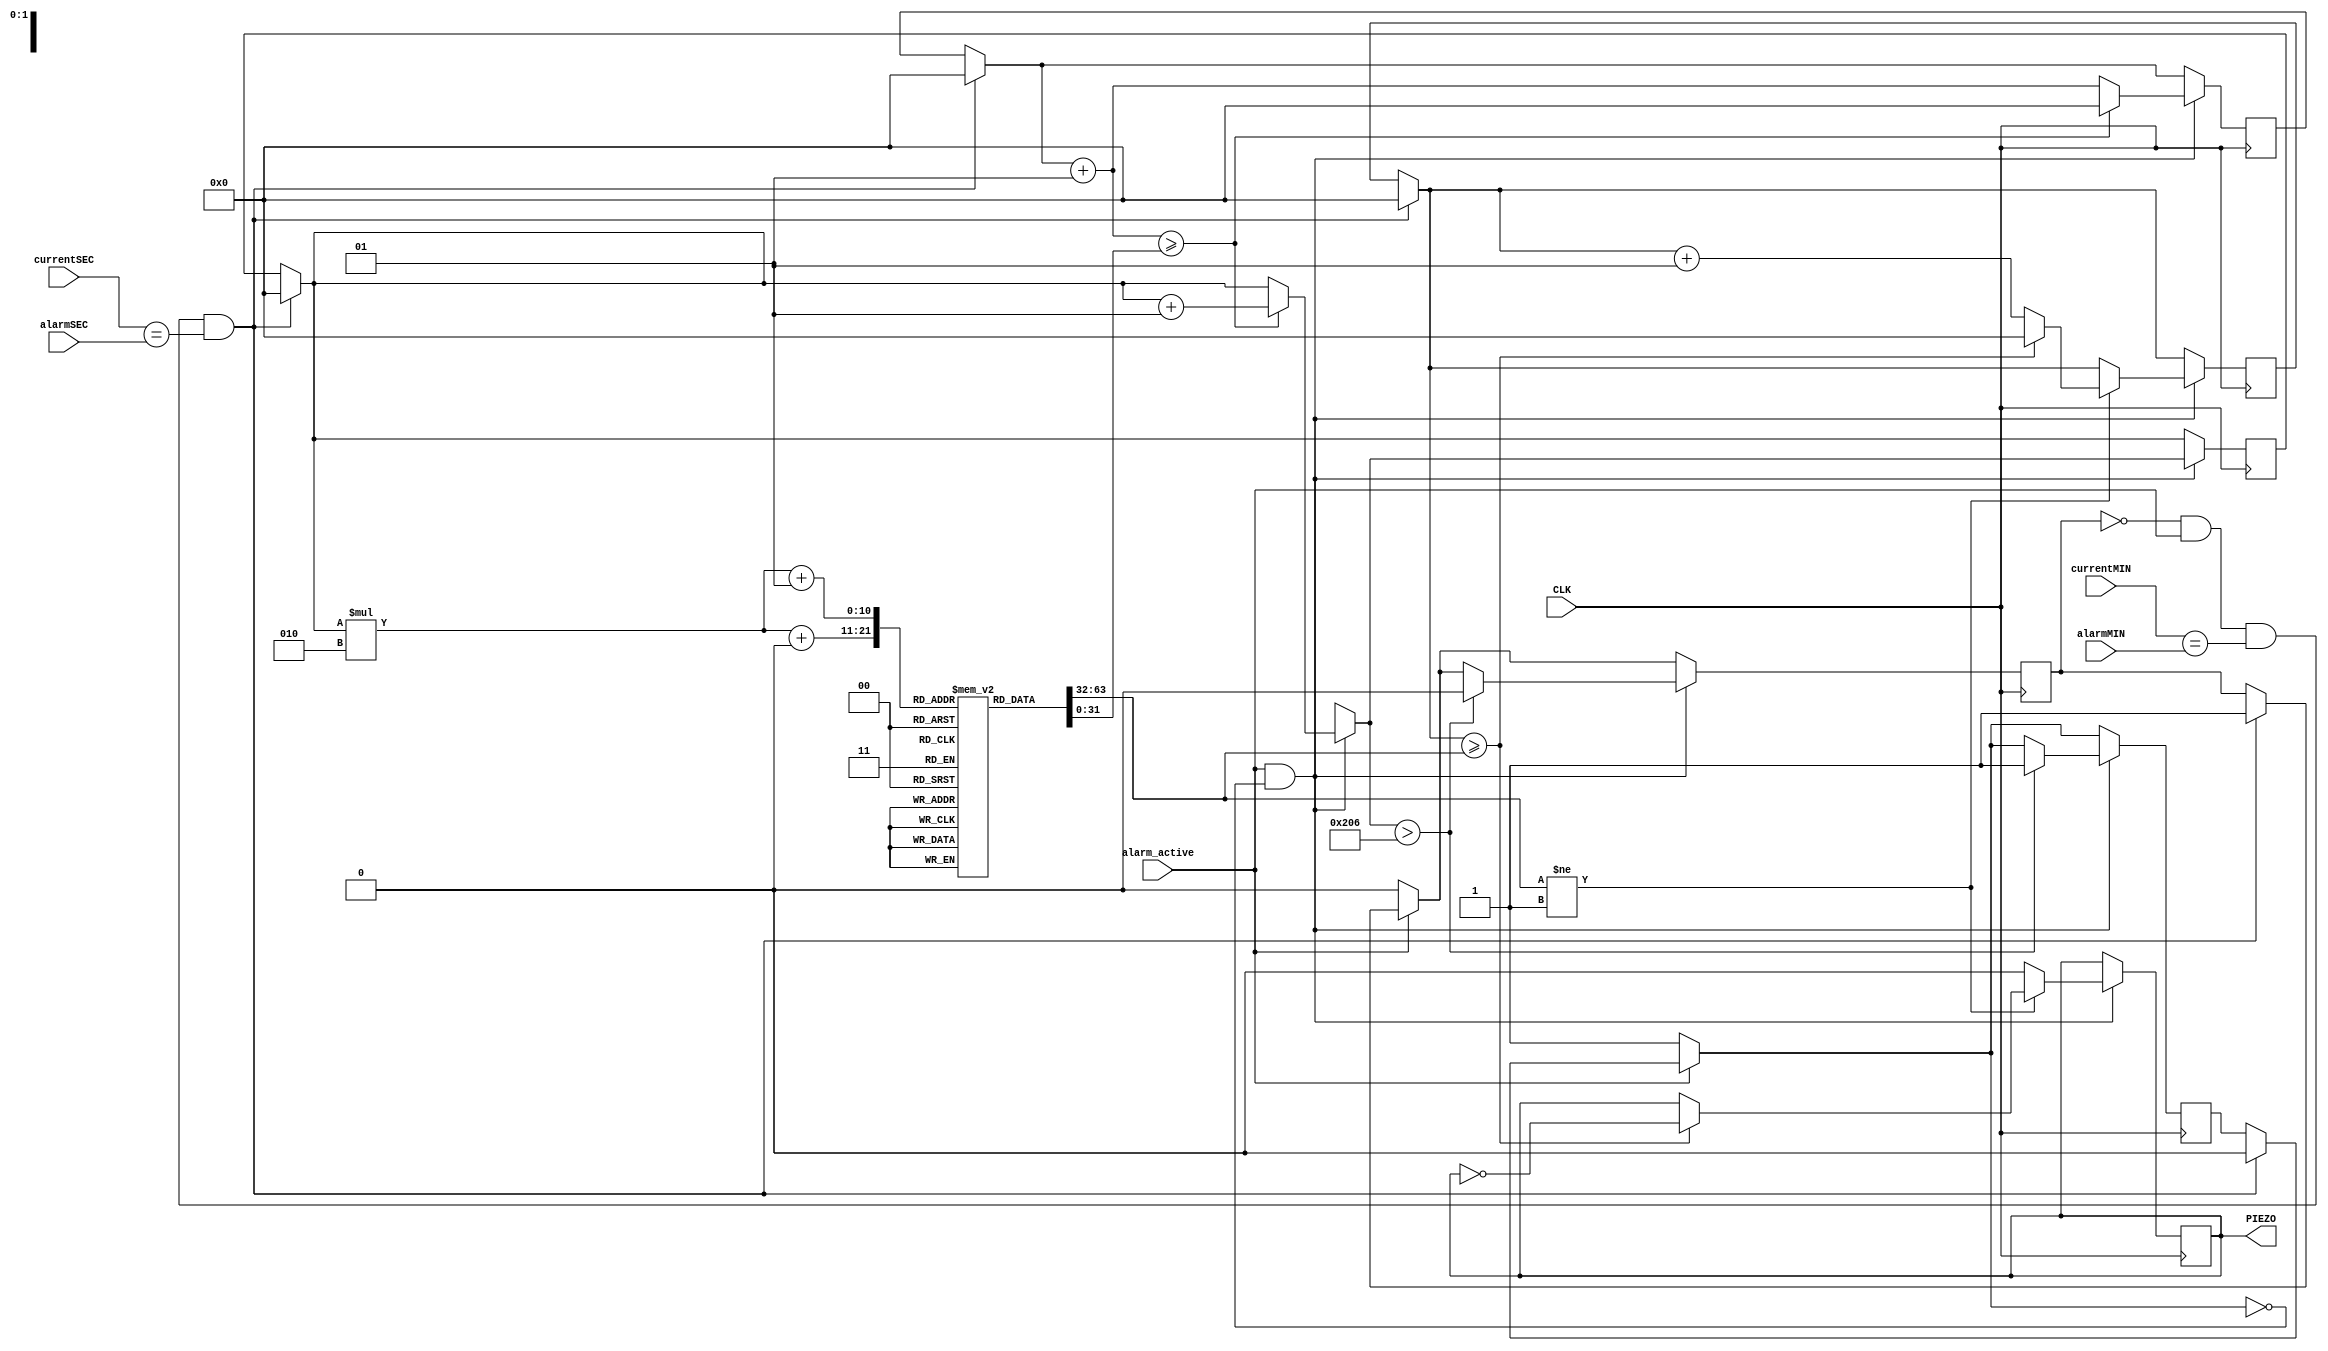
// AL_PIEZO.v

module AL_PIEZO(
	CLK, alarm_active,
	currentMIN, currentSEC, alarmMIN, alarmSEC,
	PIEZO
);

input CLK;

// If the alarm action is enabled, output the PIEZO sound
// Even if it's turned off, the score will continue
input alarm_active; 

// Use to check if the alarm times match
input [6:0] currentMIN, currentSEC;
input [6:0] alarmMIN, alarmSEC;

output wire PIEZO;


reg SCORE_END = 0; // When the score ends or stops, it's a flag that indicates that the performance is over

reg BUFF;
reg check; // Flag to check for an alarm when a match is checked
integer CLK_CNT;
integer CNT_SOUND;

integer IDX;

// scale
parameter D1 = 6810;
parameter EP1 = 6428;
parameter E1 = 6067;
parameter F1 = 5726;
parameter FS1 = 5405;
parameter G1 = 5102;
parameter GS1 = 4815;
parameter A1 = 4545;
parameter BP1 = 4290;
parameter B1 = 4049;

parameter C2 = 3822;
parameter CS2 = 3607;
parameter D2 = 3405;
parameter EP2 = 3214;
parameter E2 = 3033;
parameter F2 = 2863; 
parameter FS2 = 2702;
parameter G2 = 2551;
parameter GS2 = 2407;
parameter A2 = 2272;
parameter BP2 = 2145;
parameter B2 = 2024;

parameter C3 = 1911;
parameter CS3 = 1803;
parameter D3 = 1702;
parameter EP3 = 1607;
parameter E3 = 1516;
parameter F3 = 1431;
parameter FS3 = 1351;
parameter G3 = 1275;
parameter GS3 = 1203;
parameter A3 = 1136;
parameter BP3 = 1072;
parameter B3 = 1012;

parameter C4 = 955;
parameter CS4 = 901;
parameter D4 = 851;
parameter EP4 = 803;
parameter E4 = 758;
parameter F4 = 715;
parameter FS4 = 675;
parameter G4 = 637;
parameter GS4 = 601;
parameter A4 = 568;
parameter BP4 = 536;
parameter B4 = 506;

parameter C5 = 477;
parameter CS5 = 450;
parameter D5 = 425;
parameter EP5 = 401;
parameter E5 = 379;
parameter F5 = 357;
parameter FS5 = 337;
parameter G5 = 318;

// break
parameter N = -1;

// duration 
parameter W = 2_000_000; // whole
parameter H = 1_000_000; // half
parameter Q = 500_000; // quarter
parameter E = 250_000; // eighth
parameter S = 125_000; // sixteenth
parameter T = 62_500; // thirty-second


// a score to be played
parameter SIZE = 518;
integer score [0:SIZE][0:1];

// Initialize the array

initial begin
	score[0][0] = D2;   score[0][1] = T;
	score[1][0] = N;    score[1][1] = T;
	score[2][0] = D2;   score[2][1] = T;
	score[3][0] = N;    score[3][1] = T;
	score[4][0] = D3;   score[4][1] = S;
	score[5][0] = N;    score[5][1] = S;
	score[6][0] = A2;   score[6][1] = S;
	score[7][0] = N;    score[7][1] = S;
	score[8][0] = N;    score[8][1] = S;
	score[9][0] = GS2;  score[9][1] = T;
	score[10][0] = N;   score[10][1] = T;
	score[11][0] = N;   score[11][1] = S;
	score[12][0] = G2;  score[12][1] = S;
	score[13][0] = N;   score[13][1] = S;
	score[14][0] = F2;  score[14][1] = S + S;
	score[15][0] = D2;  score[15][1] = T;
	score[16][0] = N;   score[16][1] = T;
	score[17][0] = F2;  score[17][1] = T;
	score[18][0] = N;   score[18][1] = T;
	score[19][0] = G2;  score[19][1] = T;
	score[20][0] = N;   score[20][1] = T; // 1
	
	score[21][0] = C2;   score[21][1] = T;
	score[22][0] = N;    score[22][1] = T;
	score[23][0] = C2;   score[23][1] = T;
	score[24][0] = N;    score[24][1] = T;
	score[25][0] = D3;   score[25][1] = S;
	score[26][0] = N;    score[26][1] = S;
	score[27][0] = A2;   score[27][1] = S;
	score[28][0] = N;    score[28][1] = S;
	score[29][0] = N;    score[29][1] = S;
	score[30][0] = GS2;  score[30][1] = T;
	score[31][0] = N;   score[31][1] = T;
	score[32][0] = N;   score[32][1] = S;
	score[33][0] = G2;  score[33][1] = S;
	score[34][0] = N;   score[34][1] = S;
	score[35][0] = F2;  score[35][1] = S + S;
	score[36][0] = D2;  score[36][1] = T;
	score[37][0] = N;   score[37][1] = T;
	score[38][0] = F2;  score[38][1] = T;
	score[39][0] = N;   score[39][1] = T;
	score[40][0] = G2;  score[40][1] = T;
	score[41][0] = N;   score[41][1] = T; // 2
	
	score[42][0] = B1;   score[42][1] = T;
	score[43][0] = N;    score[43][1] = T;
	score[44][0] = B1;   score[44][1] = T;
	score[45][0] = N;    score[45][1] = T;
	score[46][0] = D3;   score[46][1] = S;
	score[47][0] = N;    score[47][1] = S;
	score[48][0] = A2;   score[48][1] = S;
	score[49][0] = N;    score[49][1] = S;
	score[50][0] = N;    score[50][1] = S;
	score[51][0] = GS2;  score[51][1] = T;
	score[52][0] = N;   score[52][1] = T;
	score[53][0] = N;   score[53][1] = S;
	score[54][0] = G2;  score[54][1] = S;
	score[55][0] = N;   score[55][1] = S;
	score[56][0] = F2;  score[56][1] = S + S;
	score[57][0] = D2;  score[57][1] = T;
	score[58][0] = N;   score[58][1] = T;
	score[59][0] = F2;  score[59][1] = T;
	score[60][0] = N;   score[60][1] = T;
	score[61][0] = G2;  score[61][1] = T;
	score[62][0] = N;   score[62][1] = T; // 3
	
	score[63][0] = BP1;   score[63][1] = T;
	score[64][0] = N;    score[64][1] = T;
	score[65][0] = BP1;   score[65][1] = T;
	score[66][0] = N;    score[66][1] = T;
	score[67][0] = D3;   score[67][1] = S;
	score[68][0] = N;    score[68][1] = S;
	score[69][0] = A2;   score[69][1] = S;
	score[70][0] = N;    score[70][1] = S;
	score[71][0] = N;    score[71][1] = S;
	score[72][0] = GS2;  score[72][1] = T;
	score[73][0] = N;   score[73][1] = T;
	score[74][0] = N;   score[74][1] = S;
	score[75][0] = G2;  score[75][1] = S;
	score[76][0] = N;   score[76][1] = S;
	score[77][0] = F2;  score[77][1] = S + S;
	score[78][0] = D2;  score[78][1] = T;
	score[79][0] = N;   score[79][1] = T;
	score[80][0] = F2;  score[80][1] = T;
	score[81][0] = N;   score[81][1] = T;
	score[82][0] = G2;  score[82][1] = T;
	score[83][0] = N;   score[83][1] = T; // 4
	
	score[84][0] = D3;   score[84][1] = T;
	score[85][0] = N;    score[85][1] = T;
	score[86][0] = D3;   score[86][1] = T;
	score[87][0] = N;    score[87][1] = T;
	score[88][0] = D4;   score[88][1] = S;
	score[89][0] = N;    score[89][1] = S;
	score[90][0] = A3;   score[90][1] = S;
	score[91][0] = N;    score[91][1] = S;
	score[92][0] = N;    score[92][1] = S;
	score[93][0] = GS3;  score[93][1] = T;
	score[94][0] = N;   score[94][1] = T;
	score[95][0] = N;   score[95][1] = S;
	score[96][0] = G3;  score[96][1] = S;
	score[97][0] = N;   score[97][1] = S;
	score[98][0] = F3;  score[98][1] = S + S;
	score[99][0] = D3;  score[99][1] = T;
	score[100][0] = N;   score[100][1] = T;
	score[101][0] = F3;  score[101][1] = T;
	score[102][0] = N;   score[102][1] = T;
	score[103][0] = G3;  score[103][1] = T;
	score[104][0] = N;   score[104][1] = T; // 5
	
	score[105][0] = C3;   score[105][1] = T;
	score[106][0] = N;    score[106][1] = T;
	score[107][0] = C3;   score[107][1] = T;
	score[108][0] = N;    score[108][1] = T;
	score[109][0] = D4;   score[109][1] = S;
	score[110][0] = N;    score[110][1] = S;
	score[111][0] = A3;   score[111][1] = S;
	score[112][0] = N;    score[112][1] = S;
	score[113][0] = N;    score[113][1] = S;
	score[114][0] = GS3;  score[114][1] = T;
	score[115][0] = N;   score[115][1] = T;
	score[116][0] = N;   score[116][1] = S;
	score[117][0] = G3;  score[117][1] = S;
	score[118][0] = N;   score[118][1] = S;
	score[119][0] = F3;  score[119][1] = S + S;
	score[120][0] = D3;  score[120][1] = T;
	score[121][0] = N;   score[121][1] = T;
	score[122][0] = F3;  score[122][1] = T;
	score[123][0] = N;   score[123][1] = T;
	score[124][0] = G3;  score[124][1] = T;
	score[125][0] = N;   score[125][1] = T; // 6
	
	score[126][0] = B2;   score[126][1] = T;
	score[127][0] = N;    score[127][1] = T;
	score[128][0] = B2;   score[128][1] = T;
	score[129][0] = N;    score[129][1] = T;
	score[130][0] = D4;   score[130][1] = S;
	score[131][0] = N;    score[131][1] = S;
	score[132][0] = A3;   score[132][1] = S;
	score[133][0] = N;    score[133][1] = S;
	score[134][0] = N;    score[134][1] = S;
	score[135][0] = GS3;  score[135][1] = T;
	score[136][0] = N;   score[136][1] = T;
	score[137][0] = N;   score[137][1] = S;
	score[138][0] = G3;  score[138][1] = S;
	score[139][0] = N;   score[139][1] = S;
	score[140][0] = F3;  score[140][1] = S + S;
	score[141][0] = D3;  score[141][1] = T;
	score[142][0] = N;   score[142][1] = T;
	score[143][0] = F3;  score[143][1] = T;
	score[144][0] = N;   score[144][1] = T;
	score[145][0] = G3;  score[145][1] = T;
	score[146][0] = N;   score[146][1] = T; // 7
	
	score[147][0] = BP2;   score[147][1] = T;
	score[148][0] = N;    score[148][1] = T;
	score[149][0] = BP2;   score[149][1] = T;
	score[150][0] = N;    score[150][1] = T;
	score[151][0] = D4;   score[151][1] = S;
	score[152][0] = N;    score[152][1] = S;
	score[153][0] = A3;   score[153][1] = S;
	score[154][0] = N;    score[154][1] = S;
	score[155][0] = N;    score[155][1] = S;
	score[156][0] = GS3;  score[156][1] = T;
	score[157][0] = N;   score[157][1] = T;
	score[158][0] = N;   score[158][1] = S;
	score[159][0] = G3;  score[159][1] = S;
	score[160][0] = N;   score[160][1] = S;
	score[161][0] = F3;  score[161][1] = S + S;
	score[162][0] = D3;  score[162][1] = T;
	score[163][0] = N;   score[163][1] = T;
	score[164][0] = F3;  score[164][1] = T;
	score[165][0] = N;   score[165][1] = T;
	score[166][0] = G3;  score[166][1] = T;
	score[167][0] = N;   score[167][1] = T; // 8

   score[168][0] = F4;   score[168][1] = S;
   score[169][0] = N;    score[169][1] = S;
   score[170][0] = F4;   score[170][1] = T;
   score[171][0] = N;   score[171][1] = T;
   score[172][0] = F4;   score[172][1] = S;
   score[173][0] = N;   score[173][1] = S;
   score[174][0] = F4;   score[174][1] = S;
   score[175][0] = N;    score[175][1] = S;
   score[176][0] = F4;   score[176][1] = S;
   score[177][0] = N;    score[177][1] = S;
   score[178][0] = D4;   score[178][1] = S;
   score[179][0] = N;    score[179][1] = S;
   score[180][0] = D4;   score[180][1] = Q; // 9
   
   score[181][0] = F4;    score[181][1] = S;
   score[182][0] = N;     score[182][1] = S;
   score[183][0] = F4;    score[183][1] = T;
   score[184][0] = N;     score[184][1] = T;
   score[185][0] = F4;    score[185][1] = T;
   score[186][0] = N;     score[186][1] = T + S;
   score[187][0] = G4;    score[187][1] = S;
   score[188][0] = N;     score[188][1] = S;
   score[189][0] = GS4;   score[189][1] = S+T;
   score[190][0] = N;     score[190][1] = T;
   score[191][0] = G4;   score[191][1] = T;
   score[192][0] = GS4;  score[192][1] = T;
   score[193][0] = G4;   score[193][1] = T;
   score[194][0] = N;    score[194][1] = T;
   score[195][0] = D4;   score[195][1] = T;
   score[196][0] = N;    score[196][1] = T;
   score[197][0] = F4;   score[197][1] = T;
   score[198][0] = N;    score[198][1] = T;
   score[199][0] = G4;   score[199][1] = E;
	score[200][0] = N;    score[200][1] = S; // 10

   score[201][0] = F4;    score[201][1] = S;
   score[202][0] = N;     score[202][1] = S;
   score[203][0] = F4;    score[203][1] = T;
   score[204][0] = N;     score[204][1] = T;
   score[205][0] = F4;    score[205][1] = T;
   score[206][0] = N;     score[206][1] = T+S;
   score[207][0] = G4;    score[207][1] = S;
   score[208][0] = N;     score[208][1] = S;
   score[209][0] = GS4;   score[209][1] = S;
   score[210][0] = N;     score[210][1] = S;
   score[211][0] = A4;   score[211][1] = S;
   score[212][0] = N;    score[212][1] = S;
   score[213][0] = C5;   score[213][1] = S;
   score[214][0] = N;    score[214][1] = S;
   score[215][0] = A4;   score[215][1] = E;
   score[216][0] = N;    score[216][1] = S; // 11

   score[217][0] = D5;    score[217][1] = S;
   score[218][0] = N;     score[218][1] = S;
   score[219][0] = D5;    score[219][1] = S;
   score[220][0] = N;     score[220][1] = S;
   score[221][0] = D5;    score[221][1] = T;
   score[222][0] = N;     score[222][1] = T;
   score[223][0] = A4;    score[223][1] = T;
   score[224][0] = N;     score[224][1] = T;
   score[225][0] = D5;    score[225][1] = T;
   score[226][0] = N;     score[226][1] = T;
   score[227][0] = C5;    score[227][1] = T+Q+E;
   score[228][0] = N;     score[228][1] = E; // 12

   score[229][0] = A4;    score[229][1] = S;
   score[230][0] = N;     score[230][1] = S;
   score[231][0] = A4;    score[231][1] = T;
   score[232][0] = N;     score[232][1] = T;
   score[233][0] = A4;   score[233][1] = S;
   score[234][0] = N;    score[234][1] = S;
   score[235][0] = A4;   score[235][1] = S;
   score[236][0] = N;    score[236][1] = S;
   score[237][0] = A4;   score[237][1] = S;
   score[238][0] = N;    score[238][1] = S;
   score[239][0] = G4;   score[239][1] = S;
   score[240][0] = N;    score[240][1] = S;
   score[241][0] = G4;   score[241][1] = Q; // 13

   score[242][0] = A4;    score[242][1] = S;
   score[243][0] = N;     score[243][1] = S;
   score[244][0] = A4;    score[244][1] = S;
   score[245][0] = N;     score[245][1] = S;
   score[246][0] = A4;    score[246][1] = T;
   score[247][0] = N;     score[247][1] = T;
   score[248][0] = A4;    score[248][1] = T;
   score[249][0] = N;     score[249][1] = T+S;
   score[250][0] = G4;    score[250][1] = T;
   score[251][0] = N;     score[251][1] = T+S;
   score[252][0] = A4;    score[252][1] = T;
   score[253][0] = N;     score[253][1] = T+S;
   score[254][0] = D5;    score[254][1] = T;
   score[255][0] = N;     score[255][1] = T+S;
   score[256][0] = A4;    score[256][1] = T;
   score[257][0] = N;     score[257][1] = T;
   score[258][0] = G4;    score[258][1] = S;
   score[259][0] = N;     score[259][1] = S; // 14
	
	score[260][0] = D5;    score[260][1] = E;
   score[261][0] = A4;    score[261][1] = E;
   score[262][0] = G4;    score[262][1] = E;
   score[263][0] = F4;    score[263][1] = E;
   score[264][0] = C5;    score[264][1] = E;
   score[265][0] = G4;    score[265][1] = E;
   score[266][0] = F4;    score[266][1] = E;
   score[267][0] = E4;    score[267][1] = E; // 15

   score[268][0] = BP3;   score[268][1] = S;
   score[269][0] = N;     score[269][1] = S;
   score[270][0] = D4;    score[270][1] = T;
   score[271][0] = N;     score[271][1] = T;
   score[272][0] = E4;    score[272][1] = S;
   score[273][0] = N;     score[273][1] = S;
   score[274][0] = F4;    score[274][1] = S;
   score[275][0] = N;     score[275][1] = S;
   score[276][0] = C5;    score[276][1] = S+H; // 16
	
	score[277][0] = N;     score[277][1] = H;
   score[278][0] = F4;    score[278][1] = T;
   score[279][0] = N;     score[279][1] = T;
   score[280][0] = D4;    score[280][1] = T;
   score[281][0] = N;     score[281][1] = T;
   score[282][0] = F4;    score[282][1] = T;
   score[283][0] = N;     score[283][1] = T;
   score[284][0] = G4;    score[284][1] = T;
   score[285][0] = N;     score[285][1] = T;
   score[286][0] = GS4;    score[286][1] = T;
   score[287][0] = N;     score[287][1] = T;
   score[288][0] = G4;    score[288][1] = T;
   score[289][0] = N;     score[289][1] = T;
   score[290][0] = F4;    score[290][1] = T;
   score[291][0] = N;     score[291][1] = T;
   score[292][0] = D4;    score[292][1] = T;
   score[293][0] = N;     score[293][1] = T; // 17

   score[294][0] = GS4;   score[294][1] = T;
   score[295][0] = G4;    score[295][1] = T;
   score[296][0] = D4;    score[296][1] = T;
   score[297][0] = N;     score[297][1] = T;
   score[298][0] = F4;    score[298][1] = S;
   score[299][0] = N;     score[299][1] = S;
   score[300][0] = G4;    score[300][1] = H;
   score[301][0] = N;     score[301][1] = S;
   score[302][0] = A4;    score[302][1] = S;
   score[303][0] = N;     score[303][1] = S;
   score[304][0] = A4;   score[304][1] = T;
   score[305][0] = N;    score[305][1] = T; // 18

   score[306][0] = C5;    score[306][1] = S;
   score[307][0] = N;     score[307][1] = S;
   score[308][0] = A4;    score[308][1] = T;
   score[309][0] = N;     score[309][1] = T;
   score[310][0] = GS4;   score[310][1] = T;
   score[311][0] = N;     score[311][1] = T;
   score[312][0] = G4;    score[312][1] = T;
   score[313][0] = N;     score[313][1] = T;
   score[314][0] = F4;    score[314][1] = T;
   score[315][0] = N;     score[315][1] = T;
   score[316][0] = D4;    score[316][1] = T;
   score[317][0] = N;     score[317][1] = T;
   score[318][0] = E4;    score[318][1] = T;
   score[319][0] = N;     score[319][1] = T;
   score[320][0] = F4;    score[320][1] = S;
   score[321][0] = N;     score[321][1] = S;
   score[322][0] = G4;    score[322][1] = S;
   score[323][0] = N;     score[323][1] = S;
   score[324][0] = A4;    score[324][1] = S;
   score[325][0] = N;     score[325][1] = S;
   score[326][0] = C5;    score[326][1] = S;
   score[327][0] = N;     score[327][1] = S; // 19

   score[328][0] = CS5;    score[328][1] = S;
   score[329][0] = N;     score[329][1] = S;
   score[330][0] = GS4;    score[330][1] = S;
   score[331][0] = N;     score[331][1] = S;
   score[332][0] = GS4;    score[332][1] = T;
   score[333][0] = N;     score[333][1] = T;
   score[334][0] = G4;    score[334][1] = T;
   score[335][0] = N;     score[335][1] = T;
   score[336][0] = F4;    score[336][1] = T;
   score[337][0] = N;     score[337][1] = T;
   score[338][0] = G4;    score[338][1] = H;
   score[339][0] = N;     score[339][1] = S; // 20

   score[340][0] = F3;    score[340][1] = S;
   score[341][0] = N;     score[341][1] = S;
   score[342][0] = G3;    score[342][1] = S;
   score[343][0] = N;     score[343][1] = S;
   score[344][0] = A3;    score[344][1] = S;
   score[345][0] = N;     score[345][1] = S;
   score[346][0] = F4;    score[346][1] = S;
   score[347][0] = N;     score[347][1] = S;
   score[348][0] = E4;    score[348][1] = E+S;
   score[349][0] = N;     score[349][1] = S;
   score[350][0] = D4;    score[350][1] = E+S;
   score[351][0] = N;     score[351][1] = S; // 21

   score[352][0] = E4;   score[352][1] = E+S;
   score[353][0] = N;     score[353][1] = S;
   score[354][0] = F4;   score[354][1] = E+S;
   score[355][0] = N;     score[355][1] = S;
   score[356][0] = G4;   score[356][1] = E+S;
   score[357][0] = N;     score[357][1] = S;
   score[358][0] = E4;   score[358][1] = E+S;
   score[359][0] = N;     score[359][1] = S; // 22

   score[360][0] = A4;    score[360][1] = Q+E+S;
   score[361][0] = N;     score[361][1] = S;
   score[362][0] = A4;    score[362][1] = T;
   score[363][0] = N;     score[363][1] = T;
   score[364][0] = GS4;    score[364][1] = T;
   score[365][0] = N;     score[365][1] = T;
   score[366][0] = G4;    score[366][1] = T;
   score[367][0] = N;     score[367][1] = T;
   score[368][0] = FS4;    score[368][1] = T;
   score[369][0] = N;     score[369][1] = T;
   score[370][0] = F4;    score[370][1] = T;
   score[371][0] = N;     score[371][1] = T;
   score[372][0] = E4;    score[372][1] = T;
   score[373][0] = N;     score[373][1] = T;
   score[374][0] = EP4;    score[374][1] = T;
   score[375][0] = N;     score[375][1] = T;
   score[376][0] = D4;    score[376][1] = T;
   score[377][0] = N;     score[377][1] = T; // 23
	
	score[378][0] = CS4;    score[378][1] = Q+E+S;
   score[379][0] = N;     score[379][1] = S;
   score[380][0] = EP4;    score[380][1] = Q+E+S;
   score[381][0] = N;     score[381][1] = S; // 24

   score[382][0] = BP1;    score[382][1] = H+E+S;
   score[383][0] = N;     score[383][1] = S;
   score[384][0] = F2;    score[384][1] = E+S;
   score[385][0] = N;     score[385][1] = S; // 25

   score[386][0] = E2;    score[386][1] = Q+E+S;
   score[387][0] = N;     score[387][1] = S;
   score[388][0] = D2;    score[388][1] = Q+E+S;
   score[389][0] = N;     score[389][1] = S; // 26

   score[390][0] = F2;    score[390][1] = W+H+Q+E+S;
   score[391][0] = N;     score[391][1] = S; // 27, 28

   score[392][0] = BP1;    score[392][1] = H+E+S;
   score[393][0] = N;     score[393][1] = S;
   score[394][0] = F2;    score[394][1] = E+S;
   score[395][0] = N;     score[395][1] = S; // 29

   score[396][0] = E2;    score[396][1] = Q+E+S;
   score[397][0] = N;     score[397][1] = S;
   score[398][0] = D2;    score[398][1] = Q+E+S;
   score[399][0] = N;     score[399][1] = S; // 30

   score[400][0] = D2;   score[400][1] = S+T;
   score[401][0] = N;    score[401][1] = T;
   score[402][0] = F3;   score[402][1] = S;
   score[403][0] = N;    score[403][1] = S;
   score[404][0] = E3;   score[404][1] = S;
   score[405][0] = N;    score[405][1] = S+S;
   score[406][0] = C3;   score[406][1] = S+T;
   score[407][0] = N;    score[407][1] = T;
   score[408][0] = E3;   score[408][1] = S;
   score[409][0] = N;    score[409][1] = S;
   score[410][0] = D3;   score[410][1] = S+T;
   score[411][0] = N;    score[411][1] = T;
   score[412][0] = G2;   score[412][1] = T;
   score[413][0] = N;    score[413][1] = T;
   score[414][0] = A2;   score[414][1] = T;
   score[415][0] = N;    score[415][1] = T;
   score[416][0] = C3;   score[416][1] = T;
   score[417][0] = N;    score[417][1] = T; // 31
   
   score[418][0] = N;    score[418][1] = E;
   score[419][0] = F3;   score[419][1] = S;
   score[420][0] = N;    score[420][1] = S;
   score[421][0] = E3;   score[421][1] = S;
   score[422][0] = N;    score[422][1] = S+S;
   score[423][0] = C3;   score[423][1] = S+T;
   score[424][0] = N;    score[424][1] = T;
   score[425][0] = E3;   score[425][1] = S;
   score[426][0] = N;    score[426][1] = S;
   score[427][0] = D3;   score[427][1] = S+T;
   score[428][0] = N;    score[428][1] = T;
   score[429][0] = G2;   score[429][1] = T;
   score[430][0] = N;    score[430][1] = T;
   score[431][0] = A2;   score[431][1] = T;
   score[432][0] = N;    score[432][1] = T;
   score[433][0] = C3;   score[433][1] = T;
   score[434][0] = N;    score[434][1] = T; // 32
   
   score[435][0] = D2;   score[435][1] = T;
	score[436][0] = N;    score[436][1] = T;
	score[437][0] = D2;   score[437][1] = T;
	score[438][0] = N;    score[438][1] = T;
	score[439][0] = D3;   score[439][1] = S;
	score[440][0] = N;    score[440][1] = S;
	score[441][0] = A2;   score[441][1] = S;
	score[442][0] = N;    score[442][1] = S;
	score[443][0] = N;    score[443][1] = S;
	score[444][0] = GS2;  score[444][1] = T;
	score[445][0] = N;   score[445][1] = T;
	score[446][0] = N;   score[446][1] = S;
	score[447][0] = G2;  score[447][1] = S;
	score[448][0] = N;   score[448][1] = S;
	score[449][0] = F2;  score[449][1] = S + S;
	score[450][0] = D2;  score[450][1] = T;
	score[451][0] = N;   score[451][1] = T;
	score[452][0] = F2;  score[452][1] = T;
	score[453][0] = N;   score[453][1] = T;
	score[454][0] = G2;  score[454][1] = T;
	score[455][0] = N;   score[455][1] = T; // 33
	
	score[456][0] = C2;   score[456][1] = T;
	score[457][0] = N;    score[457][1] = T;
	score[458][0] = C2;   score[458][1] = T;
	score[459][0] = N;    score[459][1] = T;
	score[460][0] = D3;   score[460][1] = S;
	score[461][0] = N;    score[461][1] = S;
	score[462][0] = A2;   score[462][1] = S;
	score[463][0] = N;    score[463][1] = S;
	score[464][0] = N;    score[464][1] = S;
	score[465][0] = GS2;  score[465][1] = T;
	score[466][0] = N;   score[466][1] = T;
	score[467][0] = N;   score[467][1] = S;
	score[468][0] = G2;  score[468][1] = S;
	score[469][0] = N;   score[469][1] = S;
	score[470][0] = F2;  score[470][1] = S + S;
	score[471][0] = D2;  score[471][1] = T;
	score[472][0] = N;   score[472][1] = T;
	score[473][0] = F2;  score[473][1] = T;
	score[474][0] = N;   score[474][1] = T;
	score[475][0] = G2;  score[475][1] = T;
	score[476][0] = N;   score[476][1] = T; // 34

   score[477][0] = D2;   score[477][1] = T;
	score[478][0] = N;    score[478][1] = T;
	score[479][0] = D2;   score[479][1] = T;
	score[480][0] = N;    score[480][1] = T;
	score[481][0] = D3;   score[481][1] = S;
	score[482][0] = N;    score[482][1] = S;
	score[483][0] = A2;   score[483][1] = S;
	score[484][0] = N;    score[484][1] = S;
	score[485][0] = N;    score[485][1] = S;
	score[486][0] = GS2;  score[486][1] = T;
	score[487][0] = N;   score[487][1] = T;
	score[488][0] = N;   score[488][1] = S;
	score[489][0] = G2;  score[489][1] = S;
	score[490][0] = N;   score[490][1] = S;
	score[491][0] = F2;  score[491][1] = S + S;
	score[492][0] = D2;  score[492][1] = T;
	score[493][0] = N;   score[493][1] = T;
	score[494][0] = F2;  score[494][1] = T;
	score[495][0] = N;   score[495][1] = T;
	score[496][0] = G2;  score[496][1] = T;
	score[497][0] = N;   score[497][1] = T; // 35

   score[498][0] = D2;   score[498][1] = T;
	score[499][0] = N;    score[499][1] = T;
	score[500][0] = D2;   score[500][1] = T;
	score[501][0] = N;    score[501][1] = T;
	score[502][0] = D3;   score[502][1] = S;
	score[503][0] = N;    score[503][1] = S;
	score[504][0] = A2;   score[504][1] = S;
	score[505][0] = N;    score[505][1] = S;
	score[506][0] = N;    score[506][1] = S;
	score[507][0] = GS2;  score[507][1] = T;
	score[508][0] = N;   score[508][1] = T;
	score[509][0] = N;   score[509][1] = S;
	score[510][0] = G2;  score[510][1] = S;
	score[511][0] = N;   score[511][1] = S;
	score[512][0] = F2;  score[512][1] = S + S;
	score[513][0] = D2;  score[513][1] = T;
	score[514][0] = N;   score[514][1] = T;
	score[515][0] = F2;  score[515][1] = T;
	score[516][0] = N;   score[516][1] = T;
	score[517][0] = G2;  score[517][1] = T;
	score[518][0] = N;   score[518][1] = T; // 36
end


always @(posedge CLK)
begin
	if (~check && alarm_active && (currentMIN == alarmMIN) && (currentSEC == alarmSEC)) 
	begin 
		check = 1;
		CLK_CNT = 0;
		CNT_SOUND = 0;
		SCORE_END = 0;
		IDX = 0;
	end
	
	if (~alarm_active) 
	begin
		check = 0;
		SCORE_END = 1;
	end
	
	if (alarm_active && ~SCORE_END)
	begin
		CLK_CNT = CLK_CNT + 1;
		
		if (score[IDX][0] != N)
		begin
			if (CNT_SOUND >= score[IDX][0])
			begin
				CNT_SOUND = 0;
				BUFF = ~BUFF;
			end
			else CNT_SOUND = CNT_SOUND + 1;
		end
		else BUFF = 0;
		
		if (CLK_CNT >= score[IDX][1])
		begin
			CLK_CNT = 0;
			IDX = IDX + 1;
		end
		
		if (IDX > SIZE) 
		begin
			check = 0;
			SCORE_END = 1;
		end
	end
end

assign PIEZO = BUFF;

endmodule